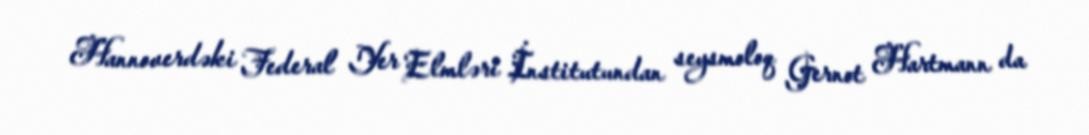
Hannoverdəki Federal Yer Elmləri İnstitutundan seysmoloq Gernot Hartmann da